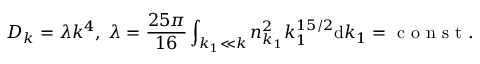
D _ { k } = \lambda k ^ { 4 } , \; \lambda = \frac { 2 5 \pi } { 1 6 } \int _ { k _ { 1 } \ll k } n _ { k _ { 1 } } ^ { 2 } k _ { 1 } ^ { 1 5 / 2 } \mathrm d k _ { 1 } = \mathrm { ~ c ~ o ~ n ~ s ~ t ~ } .